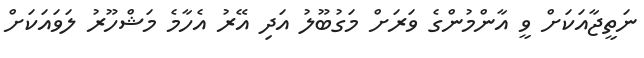
ނަތީޖާއަކަށް ވީ އާންްމުންގެ ވަރަށް މަގުބޫލު އަދި އޭރު އެހާމެ މަޝްހޫރު ލަވައަކަށް